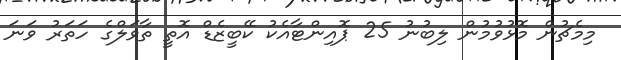
މިމެޗުން މޮޅުވުމުން ލިބުނު 25 ޕޮއިންޓާއެކު ކޭބީޒެޑް އޮތީ ތާވަލްގެ ހަތަރު ވަނަ